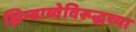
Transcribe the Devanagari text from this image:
झिम्बाब्वेविरूद्धच्या